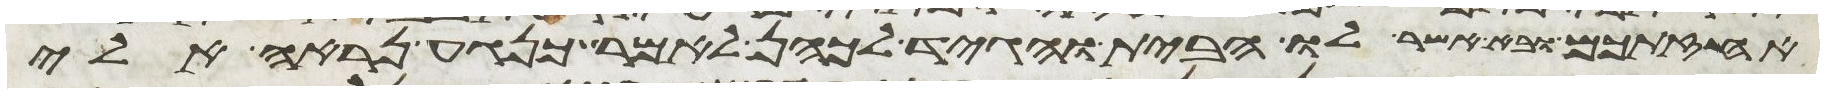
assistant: אחזתכם ובא אשר לו הבית והגיד לכהן לאמר כנגע נראה לי